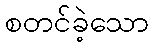
စတင်ခဲ့သော